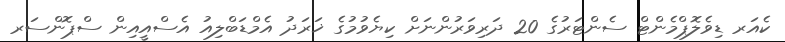
ކެއަރ ޑިވެލޮޕްމެންޓް ސެންޓަރުގެ 20 ދަރިވަރުންނަށް ކިޔެވުމުގެ ޚަރަދު އެމްޑަބްލިއު އެސްއީއިން ސްޕޮންސަރ